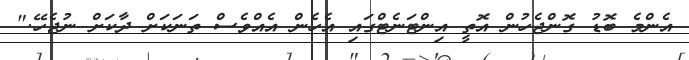
އެންމެ ބޮޑު ގޮންޖެހުން އޮތީ އިންޓަނެޓްގައި އެހެން އެއްވެސް ތަނަކަށް ދާކަށް ނުޖެހޭ."